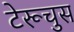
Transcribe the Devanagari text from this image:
टेरूचुस